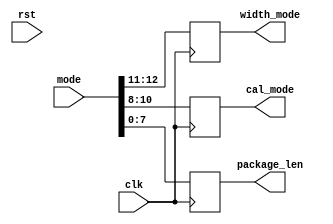
`timescale 1ns / 1ps
//////////////////////////////////////////////////////////////////////////////////
// Company: 
// Engineer: 
// 
// Design Name: 
// Module Name:    MODE_REG 
// Project Name: 
// Target Devices: 
// Tool versions: 
// Description: 
//
// Dependencies: 
//
// Revision: 
// Revision 0.01 - File Created
// Additional Comments: 
//
//////////////////////////////////////////////////////////////////////////////////
module MODE_REG(
	input clk,
	input rst,
	input [15:0]mode,
	output reg[1:0]width_mode,
	output reg[2:0]cal_mode,
	output reg[7:0]package_len
    );

always @(posedge clk)
			begin
				width_mode<=mode[12:11];
				cal_mode<=mode[10:8];
				package_len<=mode[7:0];
			end
endmodule